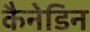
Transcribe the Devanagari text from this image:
कैनेडिन